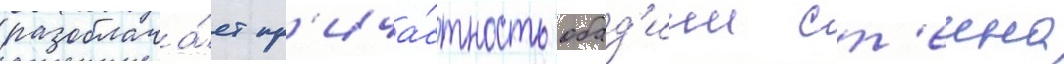
разоблача́ет пр'ича́стность обад'иии ст'еина